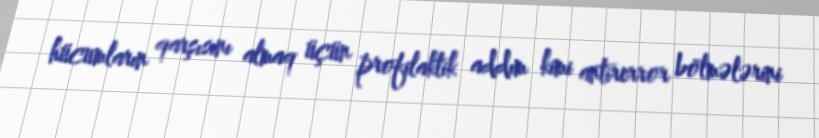
hücumların qarşısını almaq üçün profilaktik addım kimi antirerror bölmələrini